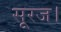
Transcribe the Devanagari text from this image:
सूरज।